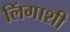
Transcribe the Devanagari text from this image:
लिंगाशी